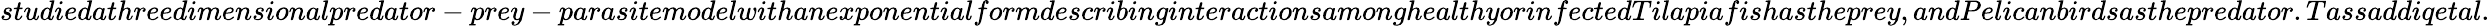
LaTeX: studiedathreedimensionalpredator-prey-parasitemodelwithanexponentialformdescribinginteractionsamonghealthyorinfectedTilapiafishastheprey,andPelicanbirdsasthepredator.Tassaddiqetal.